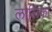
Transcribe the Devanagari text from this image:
लालिका